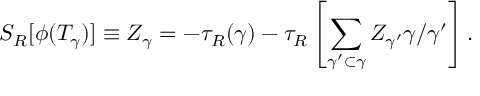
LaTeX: S _ { R } [ \phi ( T _ { \gamma } ) ] \equiv Z _ { \gamma } = - \tau _ { R } ( \gamma ) - \tau _ { R } \left[ \sum _ { \gamma ^ { \prime } \subset \gamma } Z _ { \gamma ^ { \prime } } \gamma / \gamma ^ { \prime } \right] .